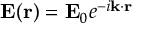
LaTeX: \mathbf { E } ( \mathbf { r } ) = \mathbf { E } _ { 0 } e ^ { - i \mathbf { k } \cdot \mathbf { r } }